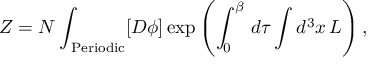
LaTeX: { \cal Z } = N \int _ { \mathrm { \tiny ~ P e r i o d i c } } [ D \phi ] \exp { \left( \int _ { 0 } ^ { \beta } \, d \tau \int d ^ { 3 } x \, { \cal L } \right) } \, ,